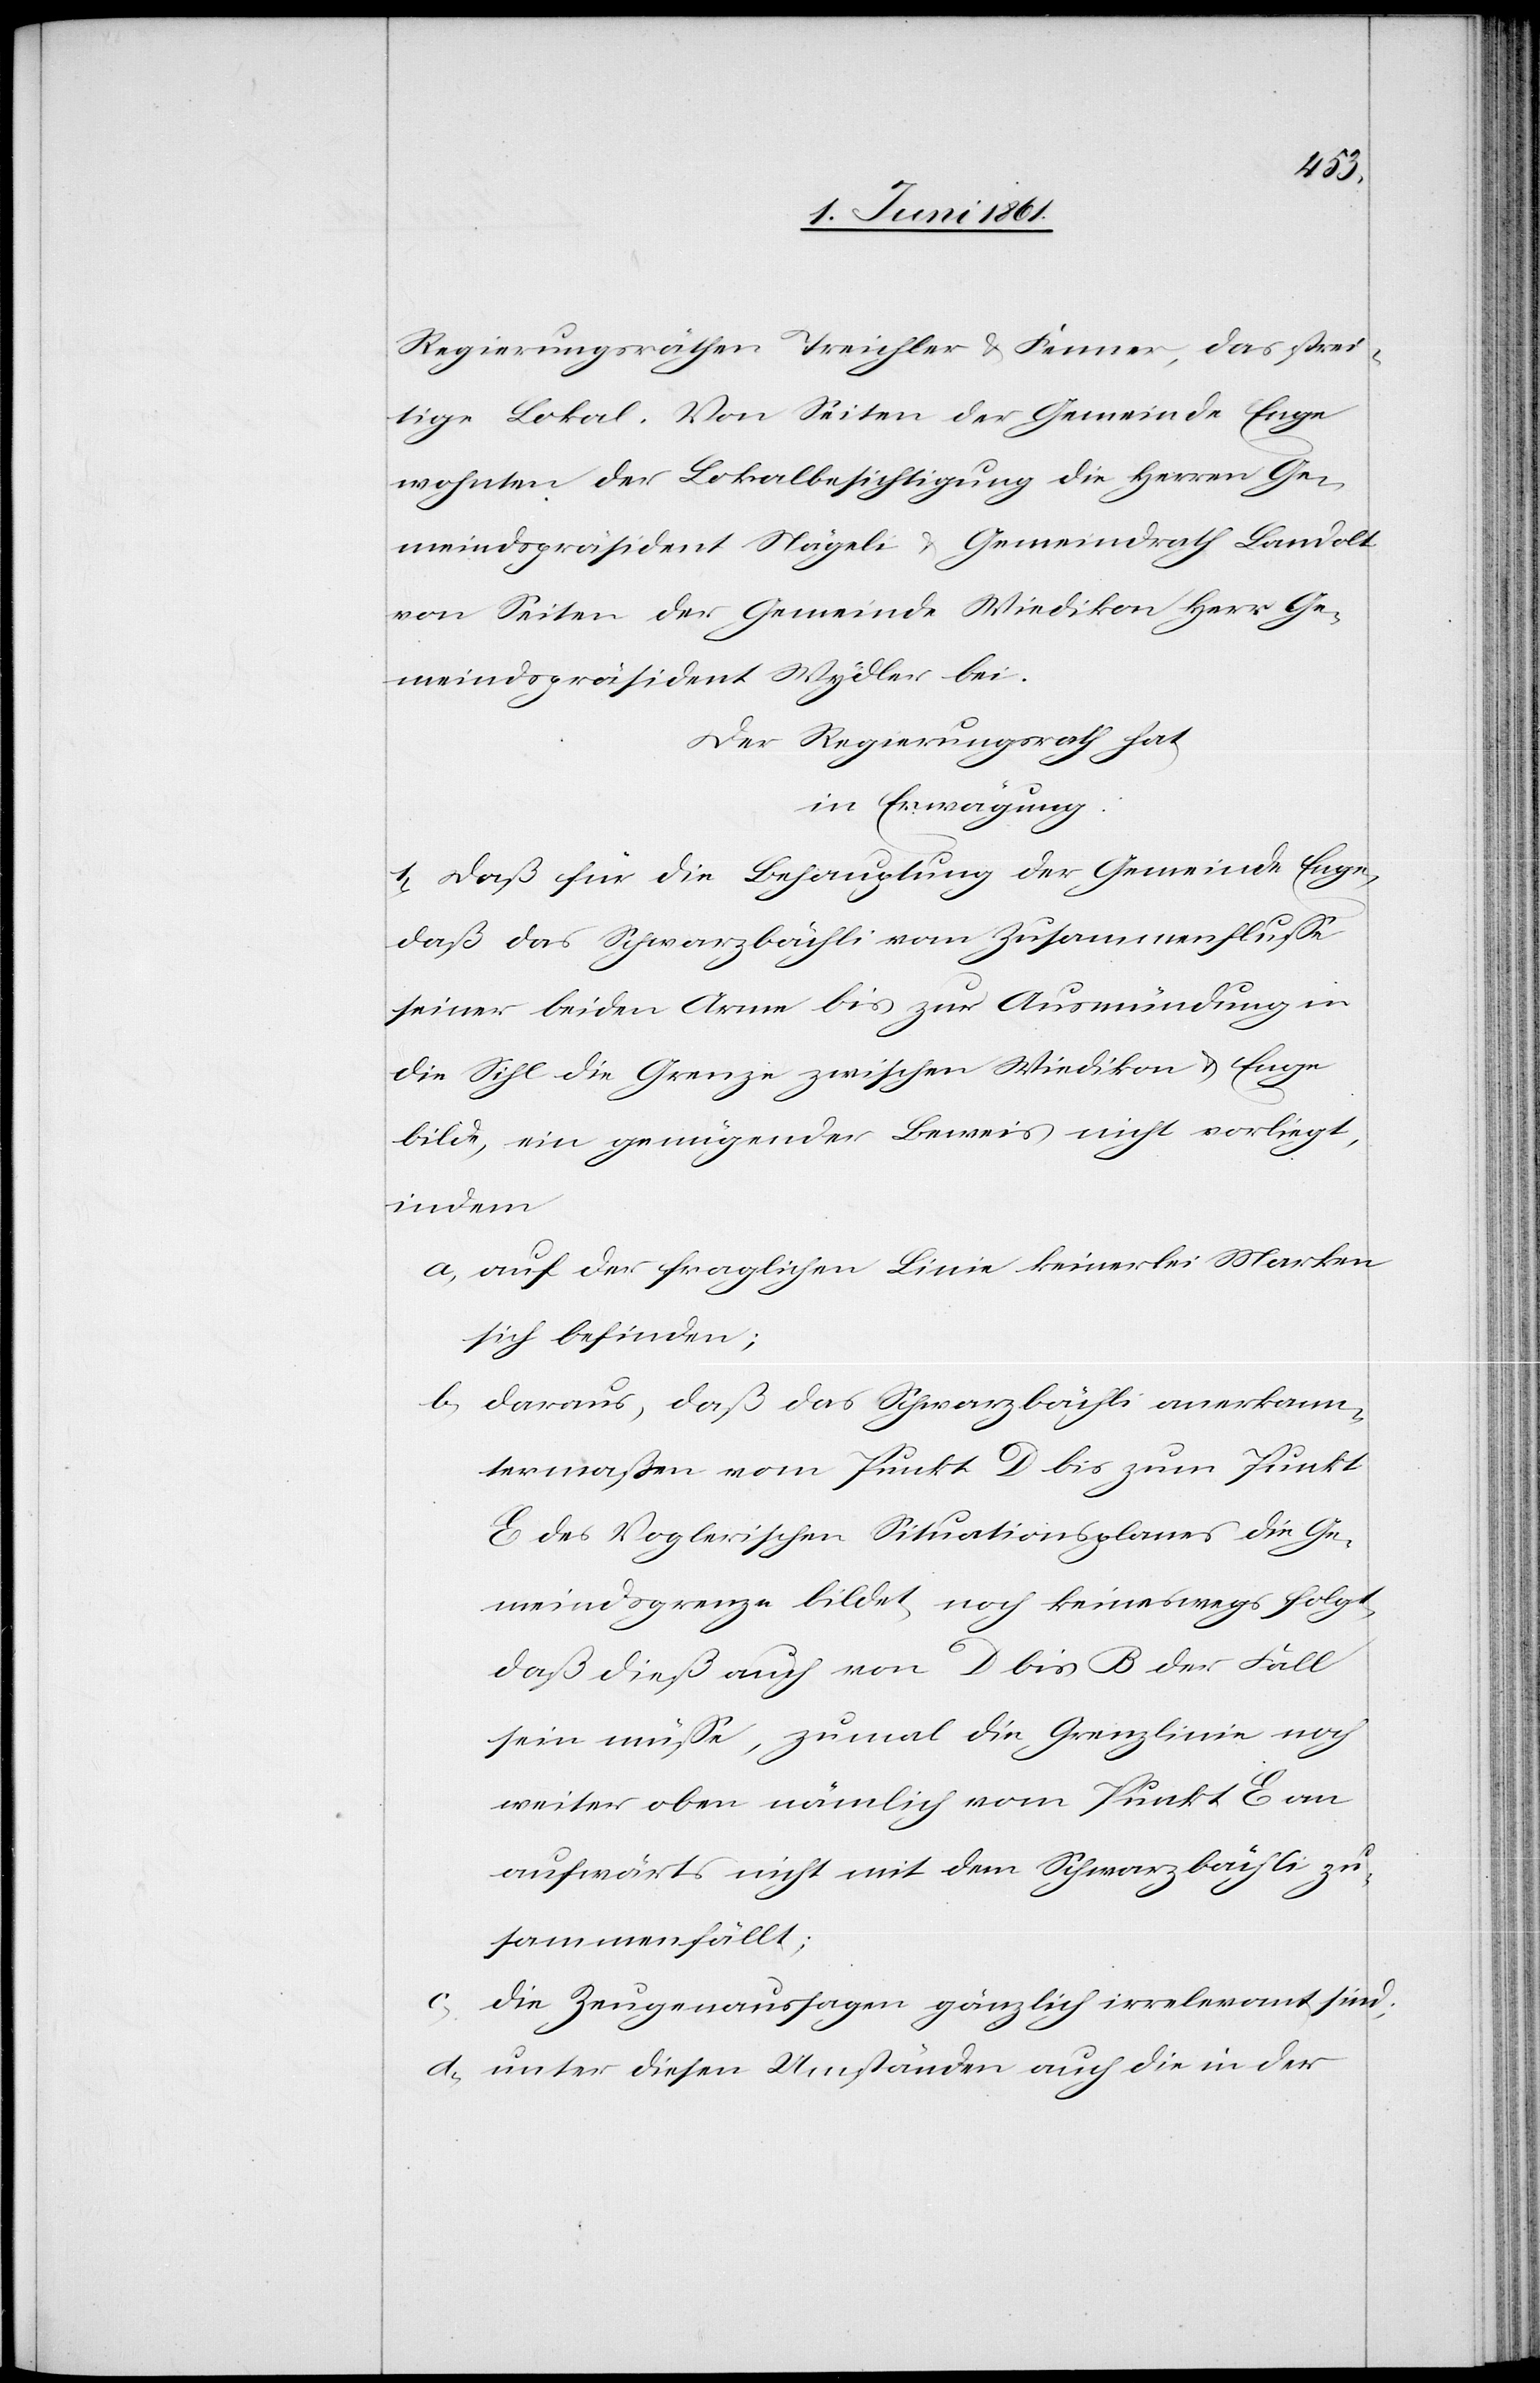
Regierungsräthen Treichler u. Fenner, das strei¬
tige Lokal. Von Seiten der Gemeinde Enge
wohnten der Lokalbesichtigung die Herren Ge¬
meindspräsident Nägeli u. Gemeindrath Landolt
von Seiten der Gemeinde Wiedikon Herr Ge¬
meindspräsident Wydler bei.
Der Regierungsrath hat
in Erwägung
1) Daß für die Behauptung der Gemeinde Enge,
daß das Schwarzbächli vom Zusammenflusse
seiner beiden Arme bis zur Ausmündung in
die Sihl die Grenze zwischen Wiedikon u. Enge
bilde, ein genügender Beweis nicht vorliegt,
indem
a. auf der fraglichen Linie keinerlei Marken
sich befinden;
b. daraus, daß das Schwarzbächli anerkann¬
termaßen vom Punkt D bis zum Punkt
E des Voglerischen Situationsplanes die Ge¬
meindsgrenze bildet, noch keineswegs folgt,
daß dieß auch von D bis B der Fall
sein müsse, zumal die Grenzlinie noch
weiter oben nämlich vom Punkt E an
aufwärts nicht mit dem Schwarzbächli zu¬
sammenfällt;
die Zeugenaussagen gänzlich irrelevant sind;
d. unter diesen Umständen auch die in der